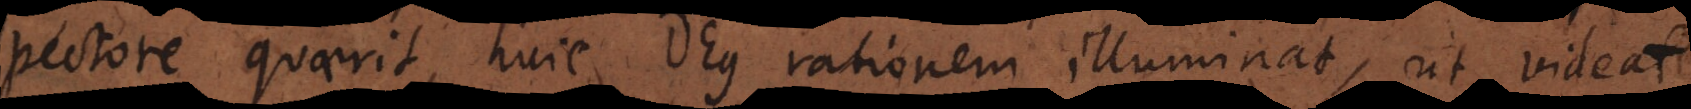
pectore quaerit, huic Deus rationem illuminat, ut videat